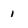
Character: 1